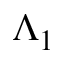
\Lambda _ { 1 }